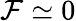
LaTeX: \mathcal{F}\simeq0